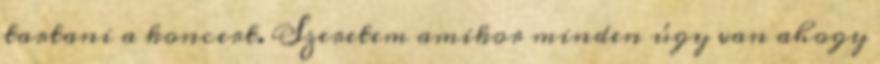
tartani a koncert. Szeretem amikor minden úgy van ahogy